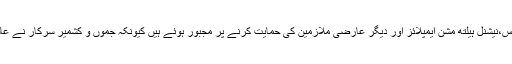
نیشنل ہیلتھ مشن ایمپلائز ایسوسی ایشن کے ترجمان روف احمد نے بتایا کہ کیجول ورکرس،نیشنل ہیلتھ مشن ایمپلائز اور دیگر عارضی ملازمین کی حمایت کرنے پر مجبور ہوئے ہیں کیونکہ جموں و کشمیر سرکار نے عالمی وباء کے دوران بھی نیشنل ہیلتھ میشن ایمپلائز کی مانگوں پر کوئی توجہ نہیں دی‘‘۔